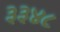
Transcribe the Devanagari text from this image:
३३४८